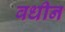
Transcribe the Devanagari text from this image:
वधीन